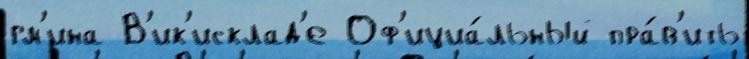
гм'ина В'ик'исклад'е Оф'ициа́льный пра́в'ить